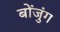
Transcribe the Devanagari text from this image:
बोंजुंग